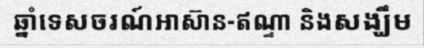
ឆ្នាំទេសចរណ៍អាស៊ាន-ឥណ្ទា និងសង្ឃឹម